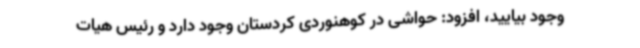
وجود بیایید، افزود: حواشی در کوهنوردی کردستان وجود دارد و رئیس هیات